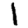
Digit: 1